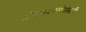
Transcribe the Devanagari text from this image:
औरंगाबादवासीयांसाठी